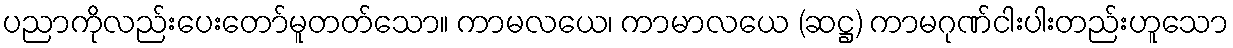
ပညာကိုလည်းပေးတော်မူတတ်သော။ ကာမလယေ၊ ကာမာလယေ (ဆဋ္ဌ) ကာမဂုဏ်ငါးပါးတည်းဟူသော